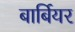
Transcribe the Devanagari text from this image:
बार्बियर